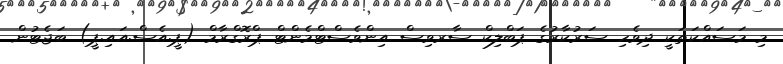
މި މަސައްކަތަކީ ދިވެހި ސަރުކާރުގެ ޕަބްލިކް ސާރވިސް އިންވެސްޓްމެންޓް ޕްރޮގްރާމް (ޕީ.އެސް.އައި.ޕީ) ބަޖެޓުން